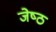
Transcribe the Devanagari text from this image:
जेष्‍ठ